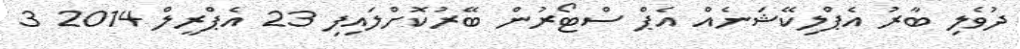
ދުވެލި ބާރު އެޕްލިކޭޝަނެއް އެޕް ސްޓޯރުން ބޭރުކޮށްލައިފި 23 އެޕްރީލް 2014 3